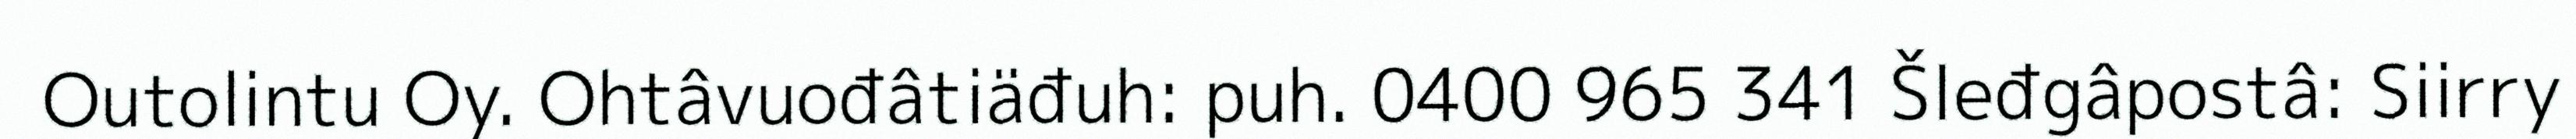
Outolintu Oy. Ohtâvuođâtiäđuh: puh. 0400 965 341 Šleđgâpostâ: Siirry